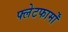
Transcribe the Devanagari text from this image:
फ्लेटफार्मों